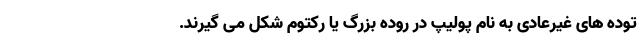
توده های غیرعادی به نام پولیپ در روده بزرگ یا رکتوم شکل می گیرند.